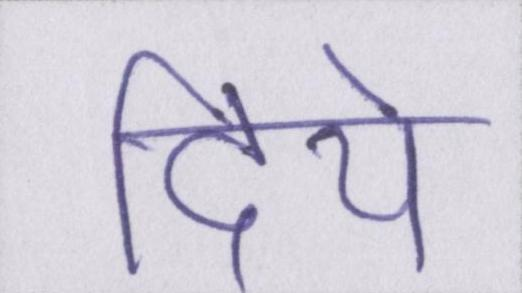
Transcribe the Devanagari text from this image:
दिये